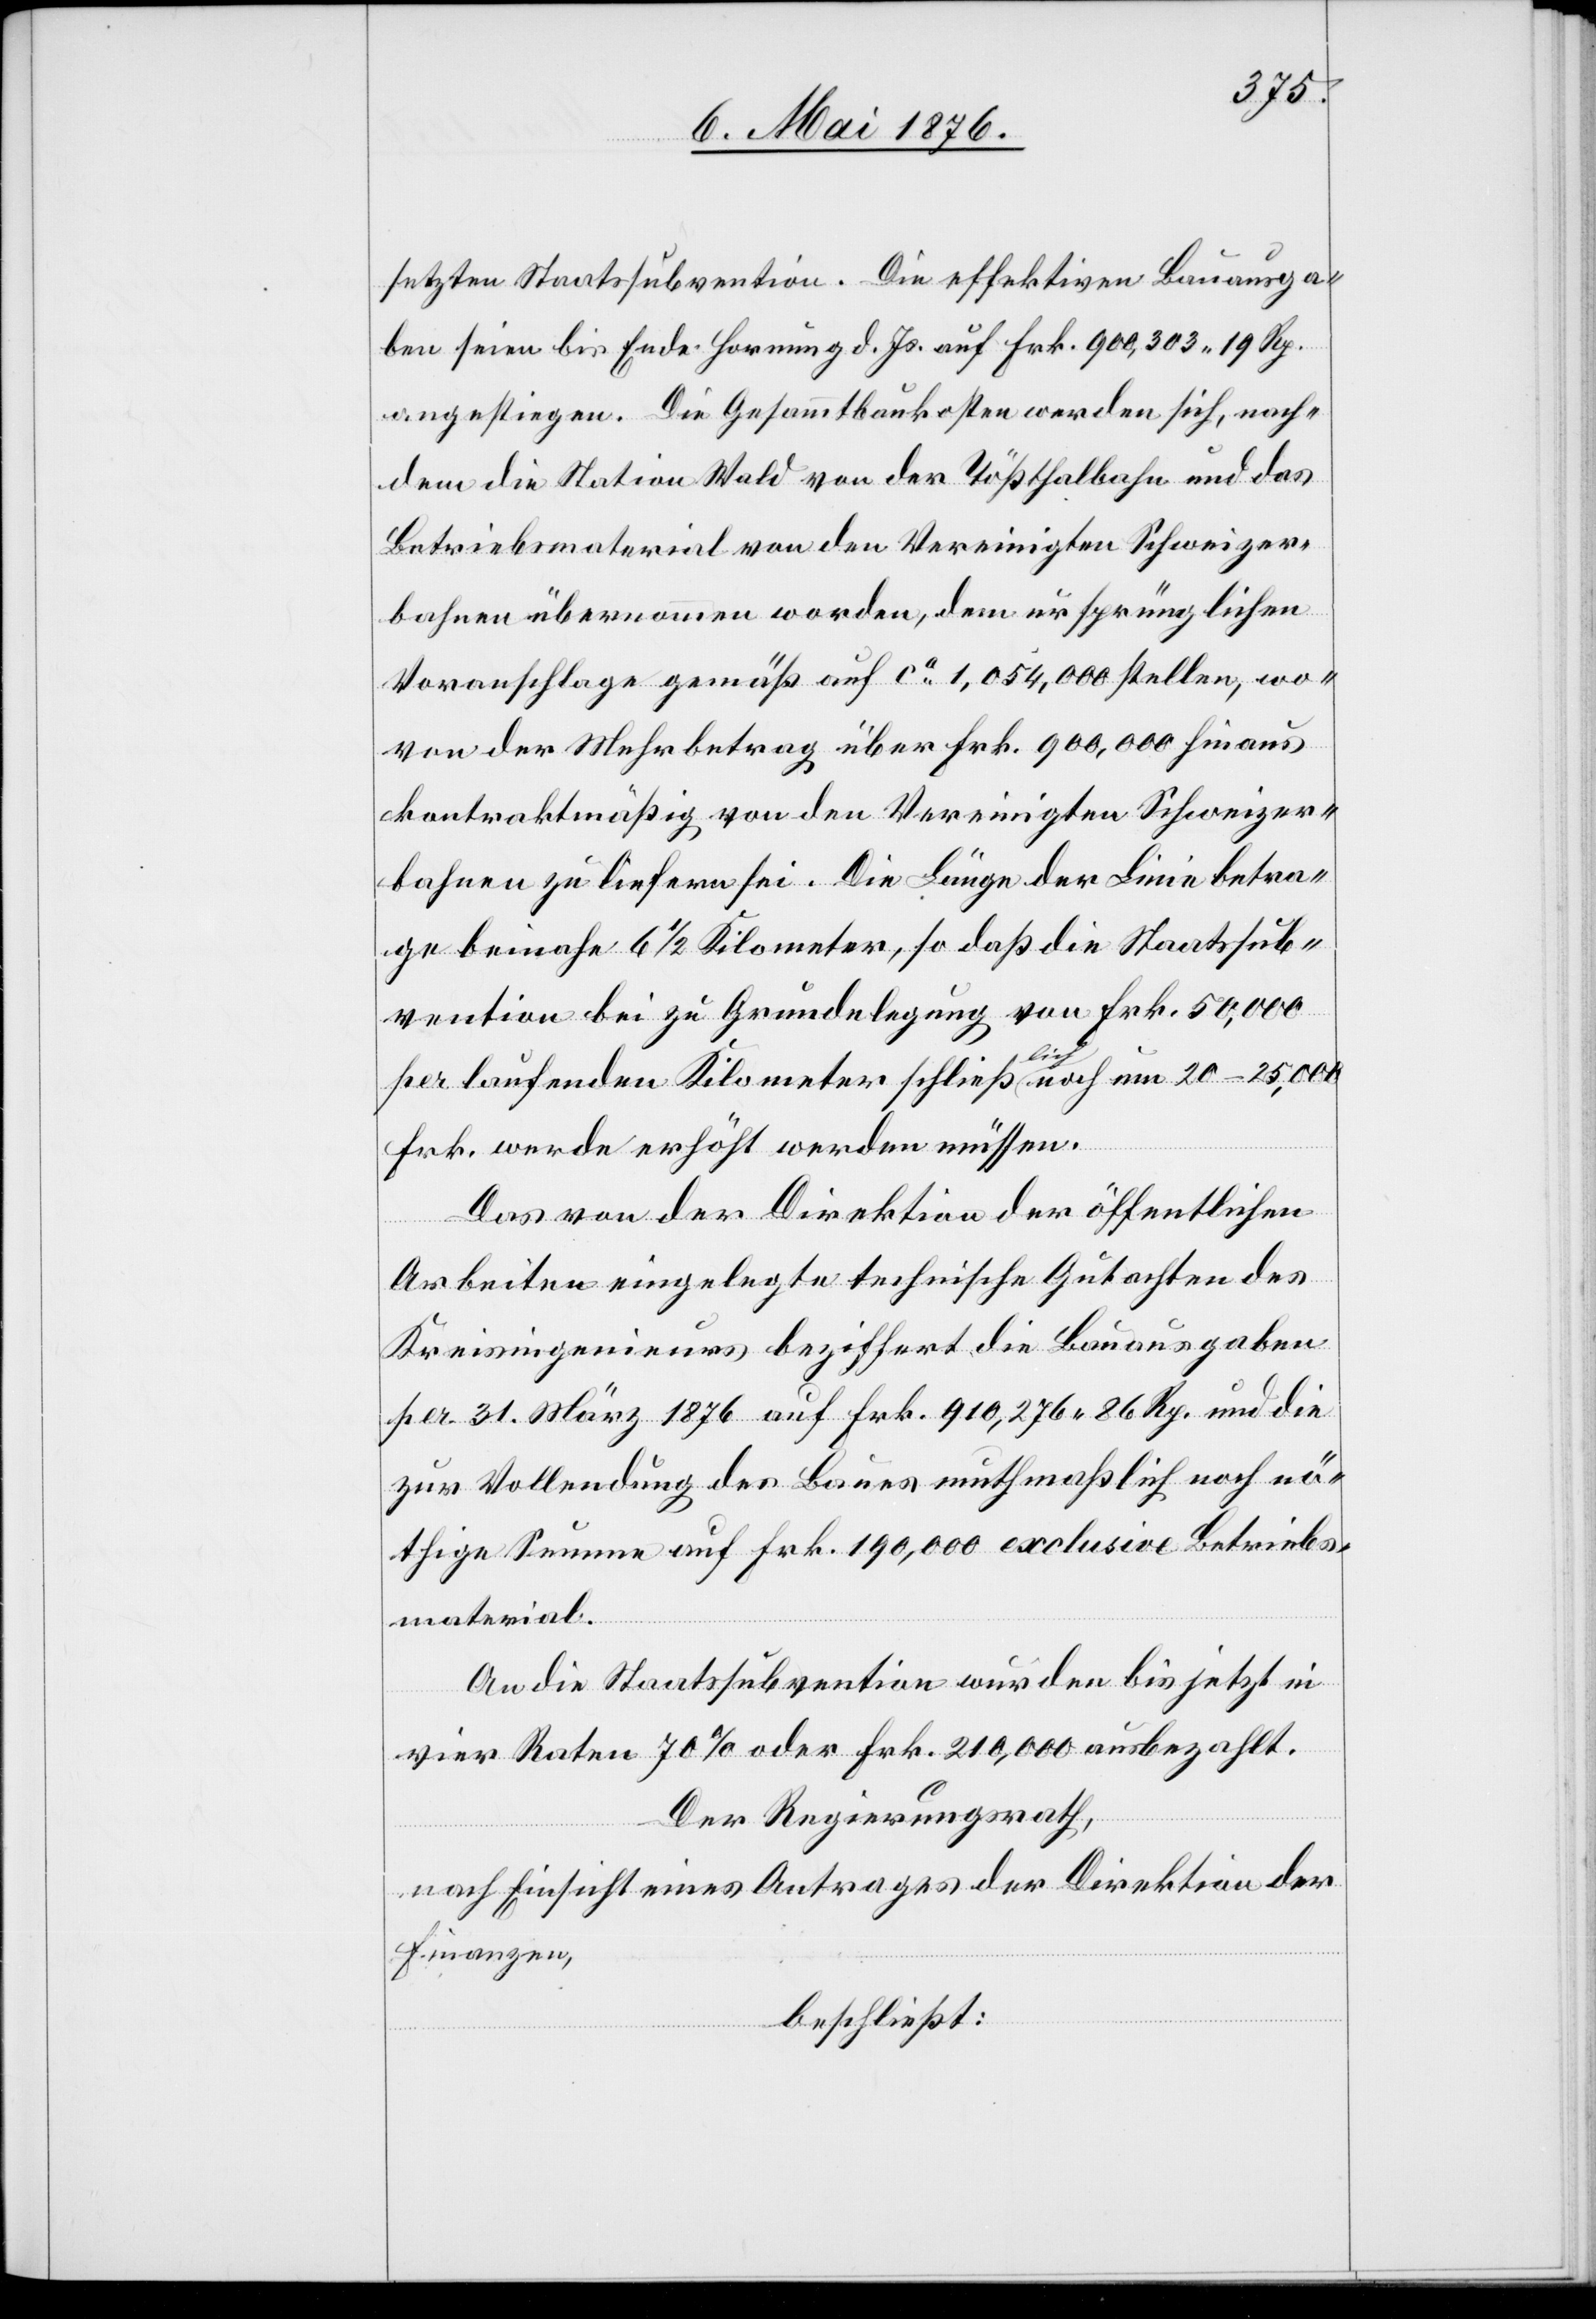
setzten Staatsubvention. Die effektiven Bauausga¬
ben seien bis Ende Hornung d. Js. auf Frk. 900,303 19 Rp.
angestiegen. Die Gesammtbaukosten werden sich, nach¬
dem die Station Wald von der Tößthalbahn und das
Betriebsmaterial von den Vereinigten Schweizer¬
bahnen übernommen worden, dem ursprünglichen
Voranschlage gemäß auf ca [Fr.] 1,054,000 stellen, wo¬
von der Mehrbetrag über Frk. 900,000 hinaus
kontraktmäßig von den Vereinigten Schweizer¬
bahnen zu liefern sei. Die Länge der Linie betra¬
ge beinahe 6 1/2 Kilometer, so daß die Staatsub¬
vention bei zu Grundelegung von Frk. 50,000
per laufenden Kilometer schließlich noch um 20–25,000
Frk. werde erhöht werden müssen.
Das von der Direktion der öffentlichen
Arbeiten eingelegte technische Gutachten des
Kreisingenieurs beziffert die Bauausgaben
per 31. März 1876 auf Frk. 910,276 86 Rp. und die
zur Vollendung des Baues muthmaßlich noch nö¬
thige Summe auf Frk. 190,000 exclusive Betriebs¬
material.
An die Staatssubvention wurden bis jetzt in
vier Raten 70 % oder Frk. 210,000 ausbezahlt.
Der Regierungsrath,
nach Einsicht eines Antrages der Direktion der
Finanzen,
beschließt: